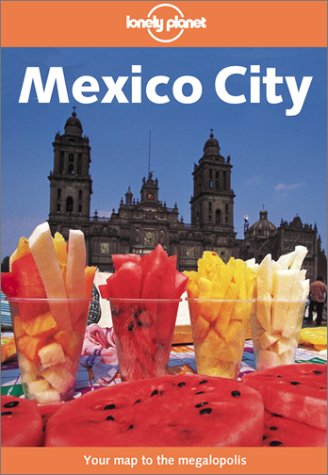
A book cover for Lonely Planet Mexico City; John Noble; Travel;